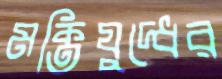
মক্তিযুদ্ধের